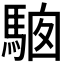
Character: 𩣢